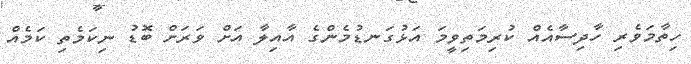
ހިތާމަވެރި ހާދިސާއެއް ކުރިމަތިވީމަ އަޅުގަނޑުމެންގެ އާއިލާ އަށް ވަރަށް ބޮޑު ނިކަމެތި ކަމެއް